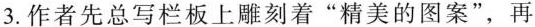
3.作者先总写栏板上雕刻着”精美的图案”，再